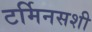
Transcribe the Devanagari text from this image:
टर्मिनसशी